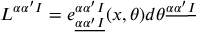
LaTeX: L ^ { \alpha \alpha ^ { \prime } I } = e _ { \underline { { \alpha } } \underline { { { \alpha ^ { \prime } } } } \underline { { I } } } ^ { \alpha \alpha ^ { \prime } I } ( x , \theta ) d \theta ^ { \underline { { \alpha } } \underline { { { \alpha ^ { \prime } } } } \underline { { I } } }